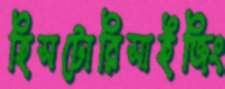
হিসটোরিসাইজিং